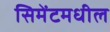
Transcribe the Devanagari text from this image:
सिमेंटमधील